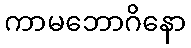
ကာမဘောဂိနော